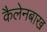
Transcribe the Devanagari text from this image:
कैलेनबाख